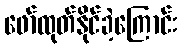
ဖော်ထုတ်နိုင်ခဲ့ကြောင်း